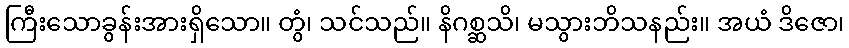
ကြီးသောခွန်းအားရှိသော။ တွံ၊ သင်သည်။ နိဂစ္ဆသိ၊ မသွားဘိသနည်း။ အယံ ဒိဇော၊